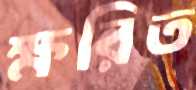
ক্ষরিত